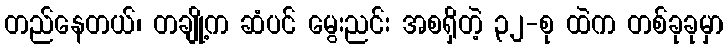
တည်နေတယ်၊ တချို့က ဆံပင် မွေးညင်း အစရှိတဲ့ ၃၂-စု ထဲက တစ်ခုခုမှာ